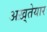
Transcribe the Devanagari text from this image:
अख़्तेयार